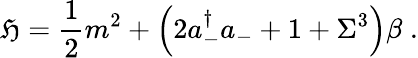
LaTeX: {\cal\mathfrak{H}}=\frac{1}{2}m^{2}+\Bigl(2a_{-}^{\dagger}a_{-}+1+\Sigma^{3}\Bigr)\beta\; .